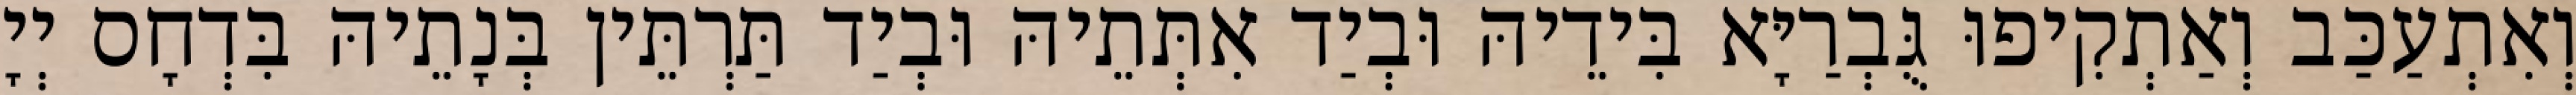
וְאִתְעַכַּב וְאַתְקִיפוּ גֻּבְרַיָּא בִּידֵיהּ וּבְיַד אִתְּתֵיהּ וּבְיַד תַּרְתֵּין בְּנָתֵיהּ בִּדְחָס יְיָ